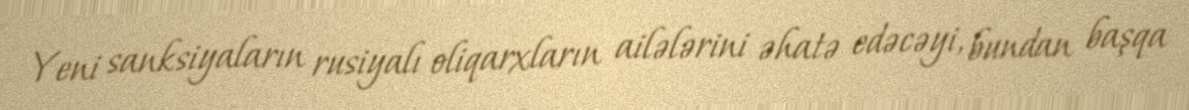
Yeni sanksiyaların rusiyalı oliqarxların ailələrini əhatə edəcəyi, bundan başqa